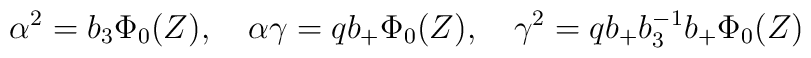
\alpha^2 = b_3 \Phi_0(Z), \quad \alpha\gamma = q b_+\Phi_0(Z),\quad \gamma^2 = qb_+b_3^{-1}b_+ \Phi_0(Z)